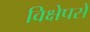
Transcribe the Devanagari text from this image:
विक्षेपसे